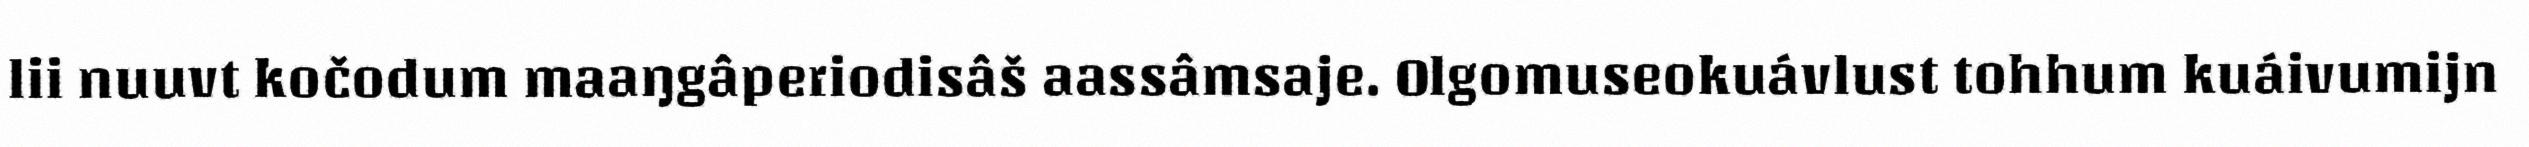
lii nuuvt kočodum maaŋgâperiodisâš aassâmsaje. Olgomuseokuávlust tohhum kuáivumijn